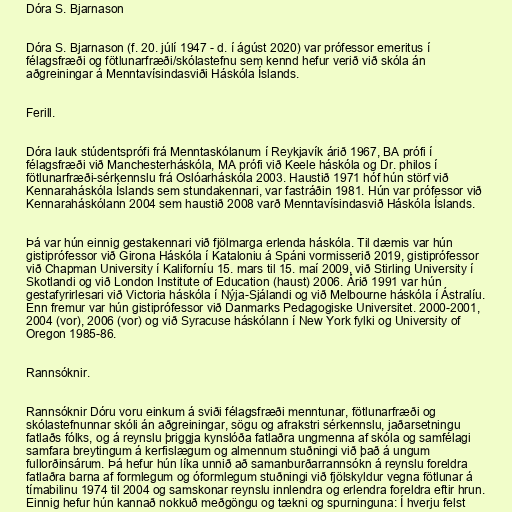
Dóra S. Bjarnason

Dóra S. Bjarnason (f. 20. júlí 1947 - d. í ágúst 2020) var prófessor emeritus í
félagsfræði og fötlunarfræði/skólastefnu sem kennd hefur verið við skóla án
aðgreiningar á Menntavísindasviði Háskóla Íslands.

Ferill.

Dóra lauk stúdentsprófi frá Menntaskólanum í Reykjavík árið 1967, BA prófi í
félagsfræði við Manchesterháskóla, MA prófi við Keele háskóla og Dr. philos í
fötlunarfræði-sérkennslu frá Oslóarháskóla 2003. Haustið 1971 hóf hún störf við
Kennaraháskóla Íslands sem stundakennari, var fastráðin 1981. Hún var prófessor við
Kennaraháskólann 2004 sem haustið 2008 varð Menntavísindasvið Háskóla Íslands.

Þá var hún einnig gestakennari við fjölmarga erlenda háskóla. Til dæmis var hún
gistiprófessor við Girona Háskóla í Kataloniu á Spáni vormisserið 2019, gistiprófessor
við Chapman University í Kaliforníu 15. mars til 15. maí 2009, við Stirling University í
Skotlandi og við London Institute of Education (haust) 2006. Árið 1991 var hún
gestafyrirlesari við Victoria háskóla í Nýja-Sjálandi og við Melbourne háskóla í Ástralíu.
Enn fremur var hún gistiprófessor við Danmarks Pedagogiske Universitet. 2000-2001,
2004 (vor), 2006 (vor) og við Syracuse háskólann í New York fylki og University of
Oregon 1985-86.

Rannsóknir.

Rannsóknir Dóru voru einkum á sviði félagsfræði menntunar, fötlunarfræði og
skólastefnunnar skóli án aðgreiningar, sögu og afrakstri sérkennslu, jaðarsetningu
fatlaðs fólks, og á reynslu þriggja kynslóða fatlaðra ungmenna af skóla og samfélagi
samfara breytingum á kerfislægum og almennum stuðningi við það á ungum
fullorðinsárum. Þá hefur hún líka unnið að samanburðarrannsókn á reynslu foreldra
fatlaðra barna af formlegum og óformlegum stuðningi við fjölskyldur vegna fötlunar á
tímabilinu 1974 til 2004 og samskonar reynslu innlendra og erlendra foreldra eftir hrun.
Einnig hefur hún kannað nokkuð meðgöngu og tækni og spurninguna: Í hverju felst